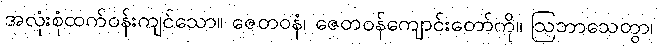
အလုံးစုံထက်ဝန်းကျင်သော။ ဇေတဝနံ၊ ဇေတဝန်ကျောင်းတော်ကို။ ဩဘာသေတွာ၊